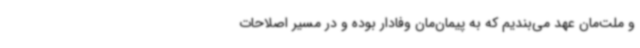
و ملت‌مان عهد می‌بندیم که به پیمان‌مان وفادار بوده و در مسیر اصلاحات